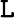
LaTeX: {\cal\mathtt{L}}